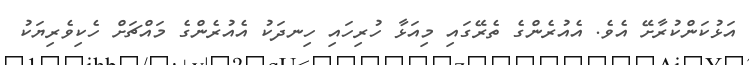
އަޅުކަންކުރާށޭ އެވެ. އެއުރެންގެ ތެރޭގައި މިއަޅާ ހުރިހައި ހިނދަކު އެއުރެންގެ މައްޗަށް ހެކިވެރިޔަކު